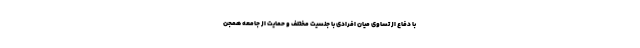
با دفاع از تساوی میان افرادی با جنسیت مختلف و حمایت از جامعه همجن